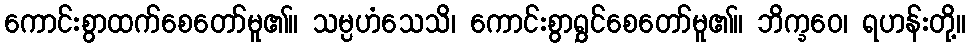
ကောင်းစွာထက်စေတော်မူ၏။ သမ္ပဟံသေသိ၊ ကောင်းစွာရွှင်စေတော်မူ၏။ ဘိက္ခဝေ၊ ရဟန်းတို့။